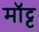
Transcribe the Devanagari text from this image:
मॉट्ट